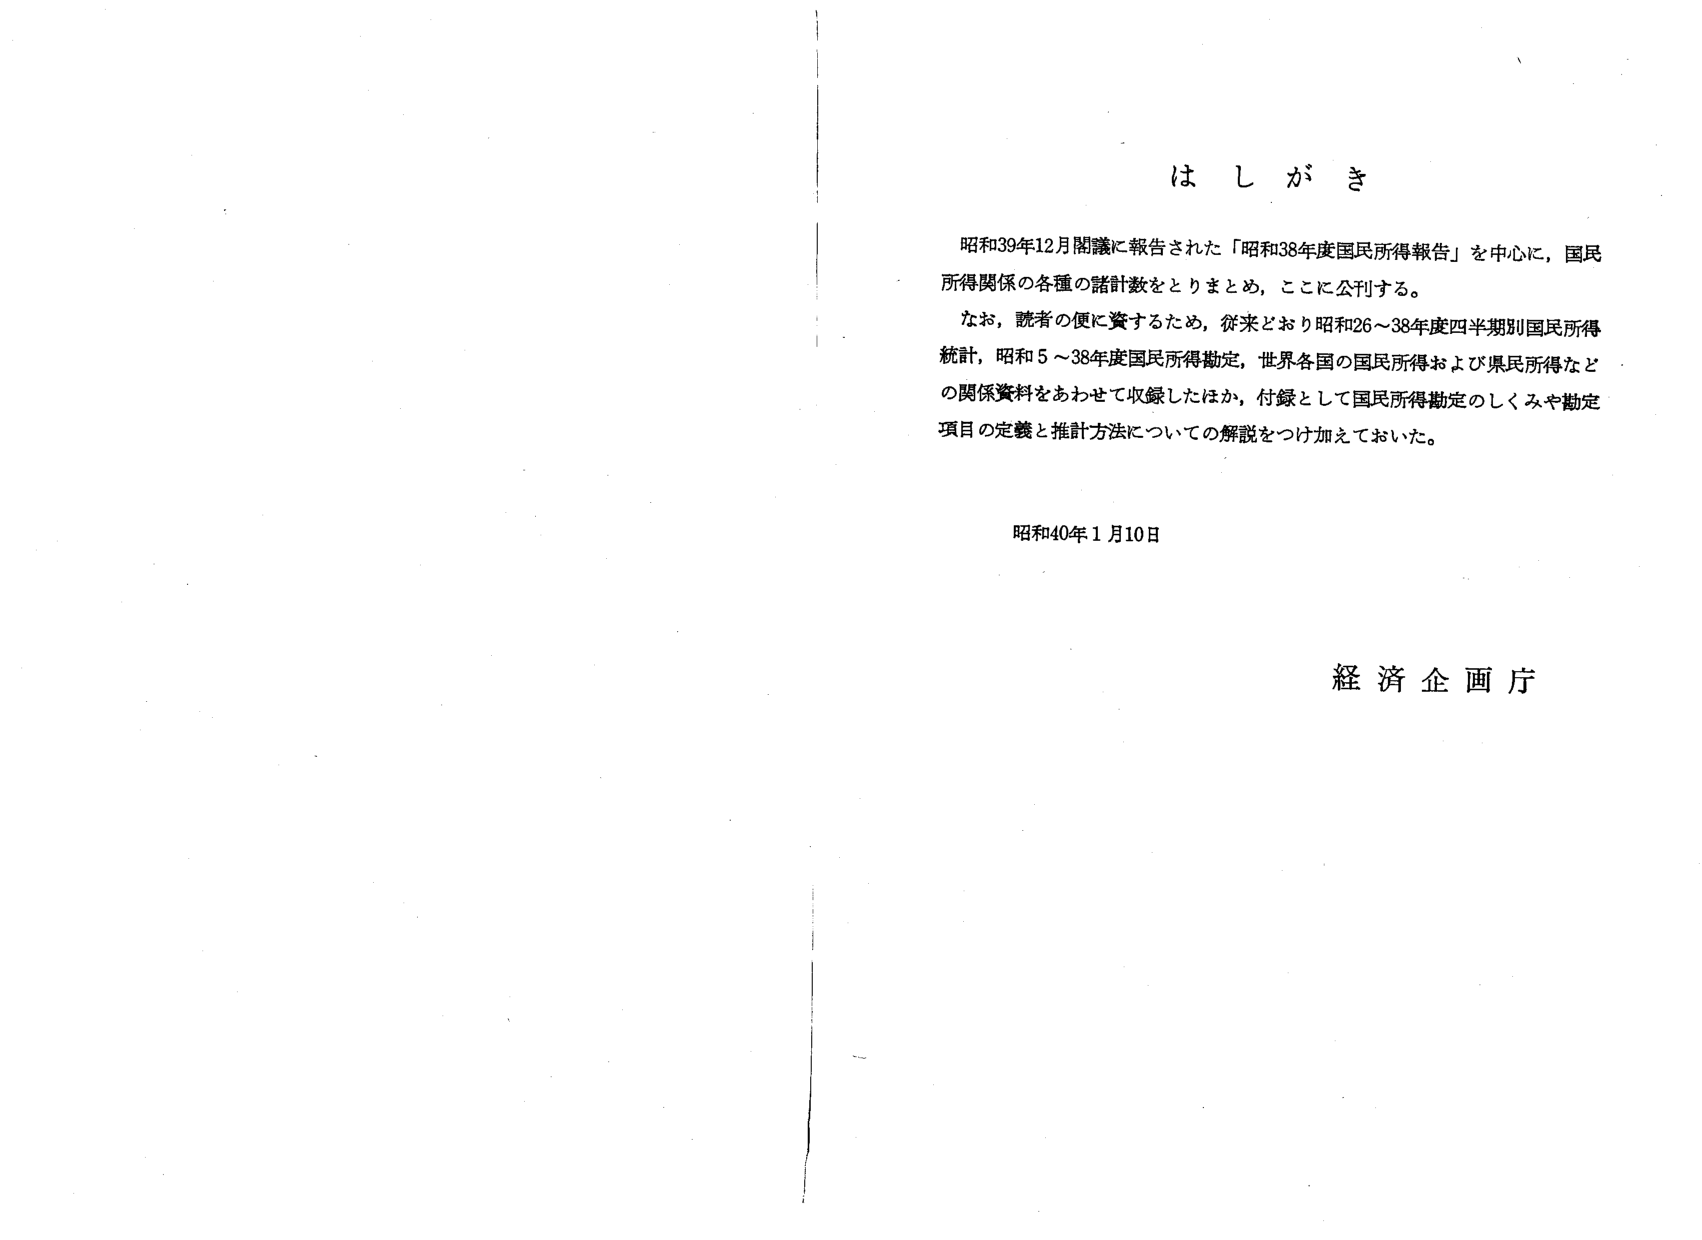
はしがき

昭和39年12月閣議に報告された「昭和38年度国民所得報告」を中心に，国民所得関係の各種の諸計数をとりまとめ，ここに公刊する。

なお，読者の便に資するため，従来どおり昭和26～38年度四半期別国民所得統計，昭和5～38年度国民所得勘定，世界各国の国民所得および県民所得などの関係資料をあわせて収録したほか，付録として国民所得勘定のしくみや勘定項目の定義と推計方法についての解説をつけ加えておいた。

昭和40年1月10日

経済企画庁